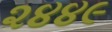
૨૪૪૯